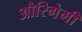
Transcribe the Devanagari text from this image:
औरिगेमी